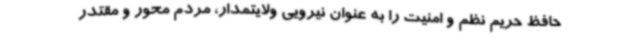
حافظ حریم نظم و امنیت را به عنوان نیرویی ولایتمدار، مردم محور و مقتدر